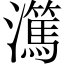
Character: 𬉤